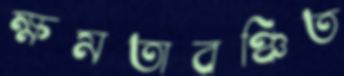
ক্ষমতাবঞ্চিত